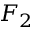
F _ { 2 }